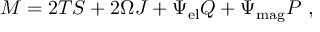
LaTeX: M = 2 T S + 2 \Omega J + \Psi _ { \mathrm { e l } } Q + \Psi _ { \mathrm { m a g } } P \ ,